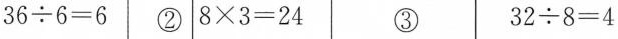
$$3 6 {\div} 6= 6$$ $$8 \times 3= 2 4$$ $$3 2{\div} 8= 4$$